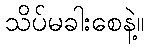
သိပ်မခါးစေနဲ့။